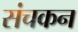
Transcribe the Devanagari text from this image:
संचकन